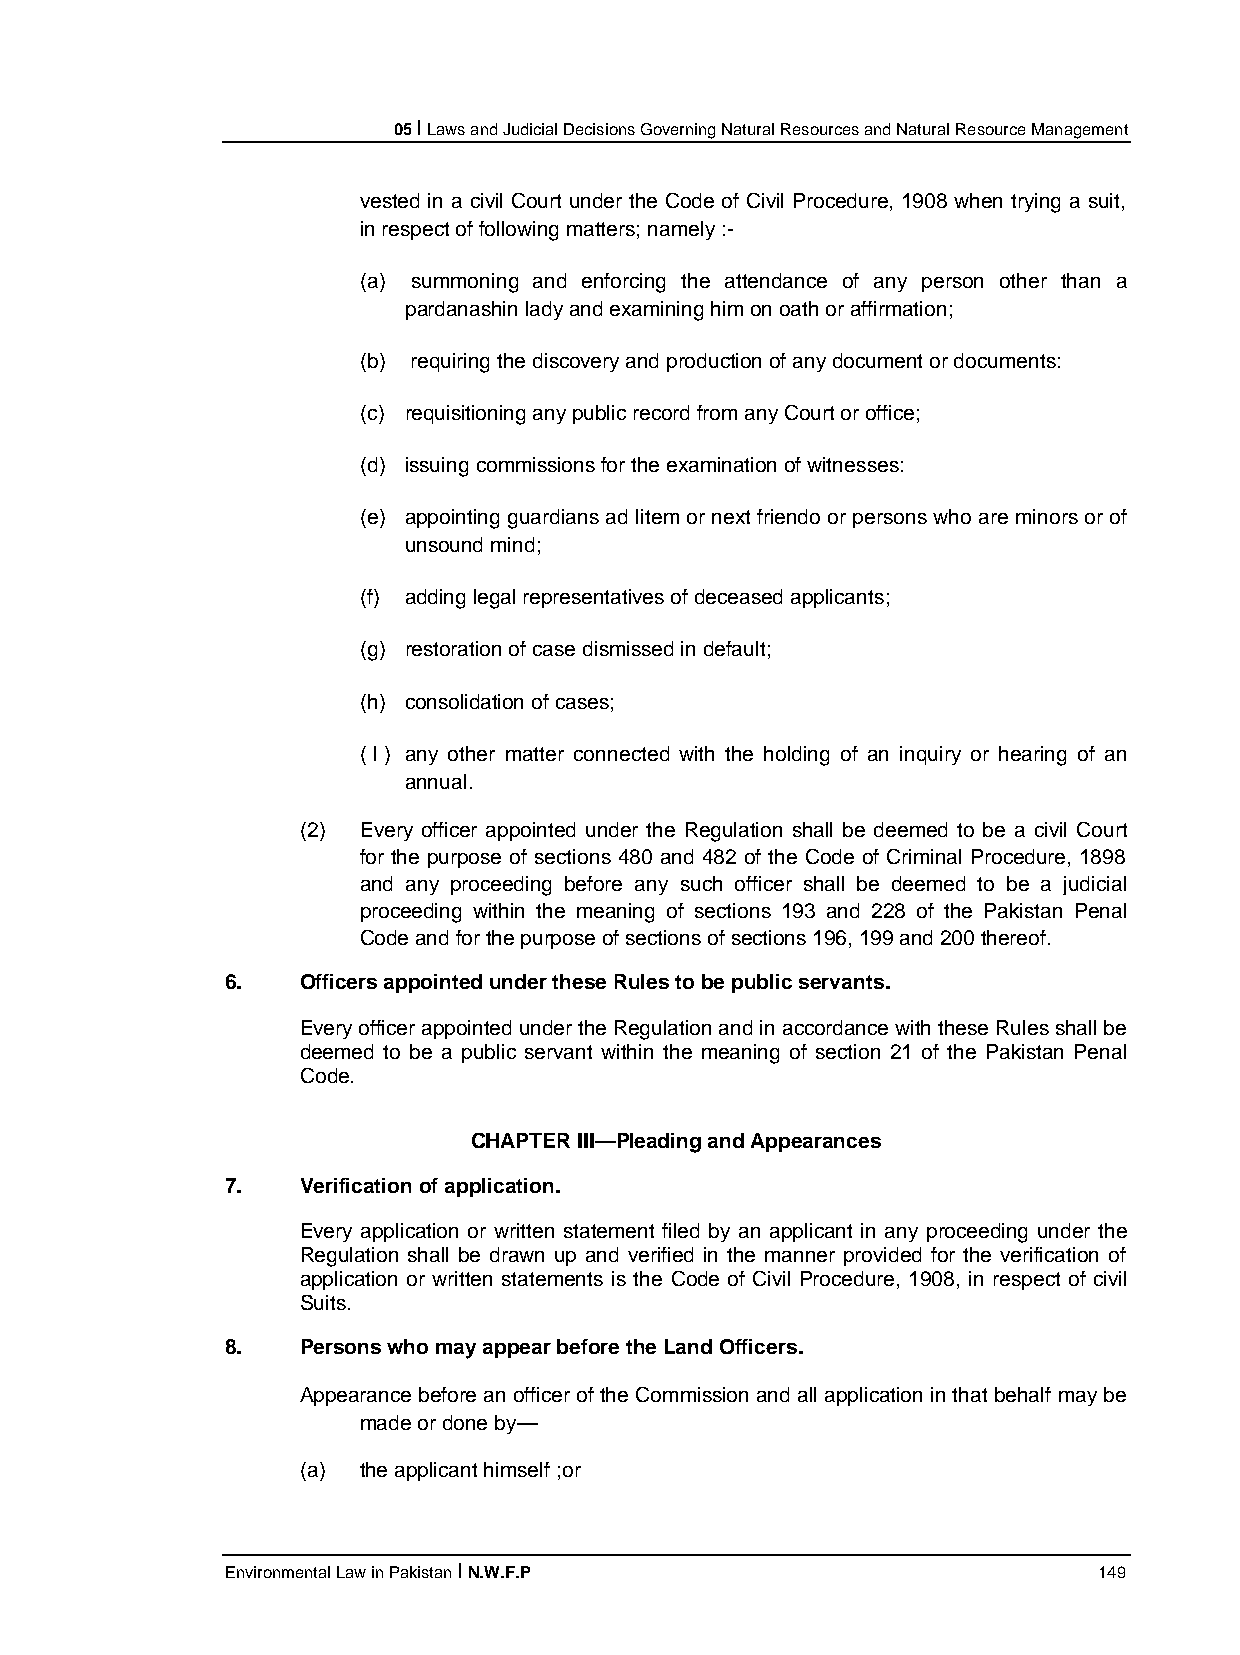
05 I Laws and Judicial Decisions Governing Natural Resources and Natural Resource Management
 vested in a civil Court under the Code of Civil Procedure, 1908 when trying a suit,
 in respect of following matters; namely :-
 (a) summoning and enforcing the attendance of any person other than a
 pardanashin lady and examining him on oath or affirmation;
 (b) requiring the discovery and production of any document or documents:
 (c) requisitioning any public record from any Court or office;
 (d) issuing commissions for the examination of witnesses:
 (e) appointing guardians ad litem or next friendo or persons who are minors or of
 unsound mind;
 (f) adding legal representatives of deceased applicants;
 (g) restoration of case dismissed in default;
 (h) consolidation of cases;
 ( I ) any other matter connected with the holding of an inquiry or hearing of an
 annual.
 (2) Every officer appointed under the Regulation shall be deemed to be a civil Court
 for the purpose of sections 480 and 482 of the Code of Criminal Procedure, 1898
 and any proceeding before any such officer shall be deemed to be a judicial
 proceeding within the meaning of sections 193 and 228 of the Pakistan Penal
 Code and for the purpose of sections of sections 196, 199 and 200 thereof.
 6.   Officers appointed under these Rules to be public servants.
 Every officer appointed under the Regulation and in accordance with these Rules shall be
 deemed to be a public servant within the meaning of section 21 of the Pakistan Penal
 Code.
 CHAPTER III—Pleading and Appearances
 7.   Verification of application.
 Every application or written statement filed by an applicant in any proceeding under the
 Regulation shall be drawn up and verified in the manner provided for the verification of
 application or written statements is the Code of Civil Procedure, 1908, in respect of civil
 Suits.
 8.   Persons who may appear before the Land Officers.
 Appearance before an officer of the Commission and all application in that behalf may be
 made or done by—
 (a) the applicant himself ;or
 Environmental Law in Pakistan I N.W.F.P                   149